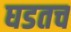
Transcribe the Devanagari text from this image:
घडतच